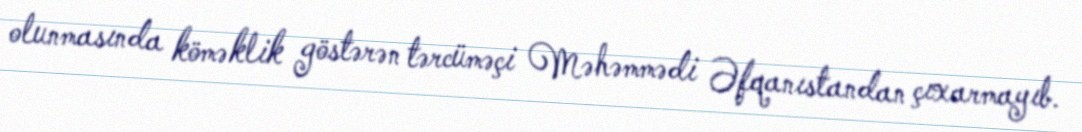
olunmasında köməklik göstərən tərcüməçi Məhəmmədi Əfqanıstandan çıxarmayıb.